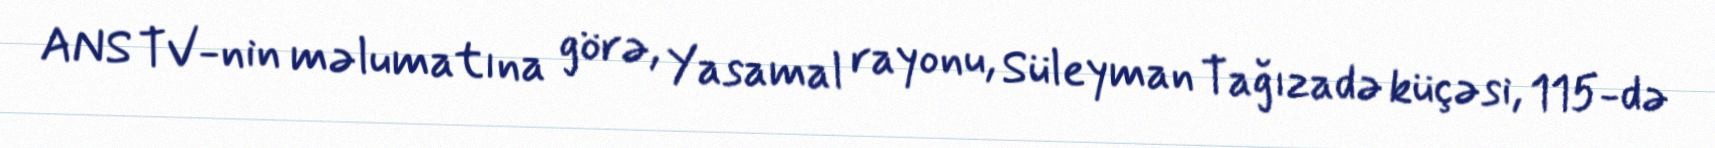
ANS TV-nin məlumatına görə, Yasamal rayonu, Süleyman Tağızadə küçəsi, 115-də